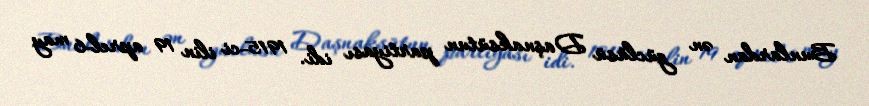
Bunlardan ən güclüsü Daşnaksütun partiyası idi. 1915-ci ilin 19 aprel-6 may